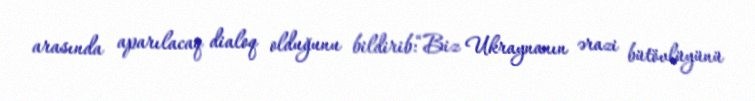
arasında aparılacaq dialoq olduğunu bildirib:“Biz Ukraynanın ərazi bütövlüyünü